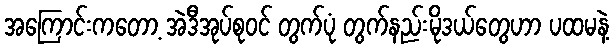
အကြောင်းကတော့ အဲဒီအုပ်စုဝင် တွက်ပုံ တွက်နည်းမိုဒယ်တွေဟာ ပထမနဲ့